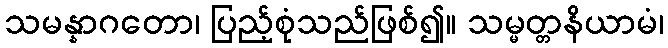
သမန္နာဂတော၊ ပြည့်စုံသည်ဖြစ်၍။ သမ္မတ္တနိယာမံ၊